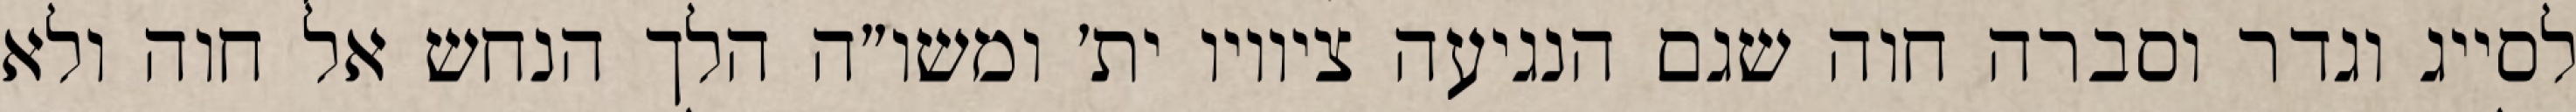
לסייג וגדר וסברה חוה שגם הנגיעה ציוויו ית׳ ומשו״ה הלך הנחש אל חוה ולא